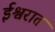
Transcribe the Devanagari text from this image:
ईश्वरात